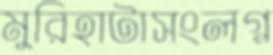
মুরিহাটাসংলগ্ন